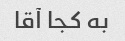
به کجا آقا